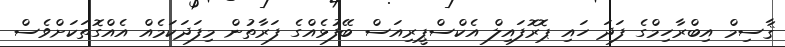
ޤާސިމް އިބްރާހިމްގެ ފަދަ ހައި ޕޮރޮފައިލް އެކްސްޕީރިއަސް ބޭފުޅެއްގެ ފަރާތުން މިފަދަކަމެއް އެއްގޮތަކަށްވެސް